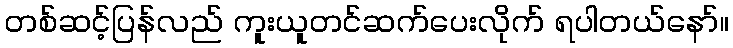
တစ်ဆင့်ပြန်လည် ကူးယူတင်ဆက်ပေးလိုက် ရပါတယ်နော်။